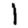
Digit: 1